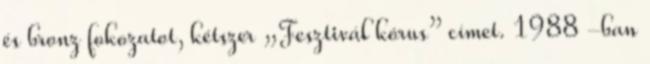
és bronz fokozatot, kétszer „Fesztivál kórus” címet. 1988 -ban